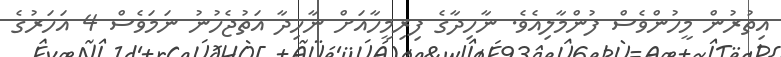
އިތުރުން މީހުންވެސް ފުންމާލިއެވެ. ނާހިދާގެ ފިރިމީހާއަށް ނާހިދާ އަތުޖެހުނު ނަމަވެސް 4 އަހަރުގެ